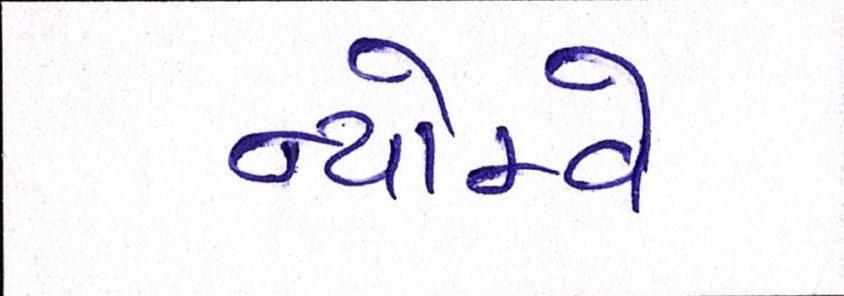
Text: ન્યોમ્વે